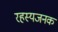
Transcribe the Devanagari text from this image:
रहस्यजनक